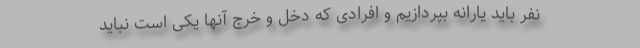
نفر باید یارانه بپردازیم و افرادی که دخل و خرج آنها یکی است نباید